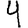
Digit: 4